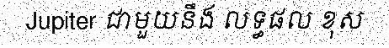
Jupiter ជាមួយនឹង លទ្ធផល ខុស